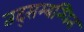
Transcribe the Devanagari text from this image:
तद्सम्बन्धित